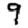
Digit: 9